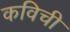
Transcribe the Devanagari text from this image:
कविची